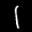
Label: 1